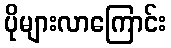
ပိုများလာကြောင်း